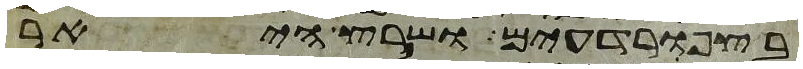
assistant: בצפרדעים ושרץ היאר